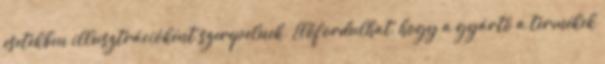
esetekben illusztrációként szerepelnek. Előfordulhat, hogy a gyártó a termékek